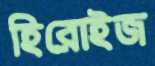
হিরোইজ